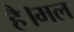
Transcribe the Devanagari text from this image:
है।मल